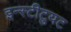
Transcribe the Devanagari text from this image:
इन्स्टीटुयट